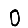
Digit: 0